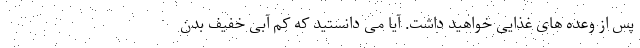
پس از وعده های غذایی خواهید داشت. آیا می دانستید که کم آبی خفیف بدن